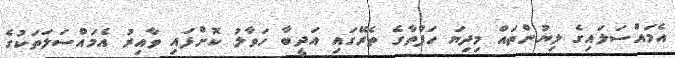
އެމައްސަލައިގެ ލިޔުންތައް މިދިޔަ ހަފްތާގެ ތެރޭގައި އަދީބާ ހަވާލު ކޮށްފައި ވާއިރު އެމައްސަލަތަކުގެ